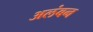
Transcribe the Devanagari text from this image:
अलंबन